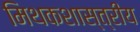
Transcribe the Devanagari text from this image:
मिथकशास्त्रीय